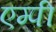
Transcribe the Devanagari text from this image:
एम्पी